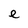
Character: e